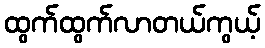
ထွက်ထွက်လာတယ်ကွယ့်